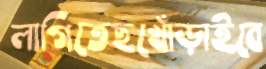
লাগিতেছখোঁড়াইবে